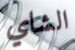
الشاي